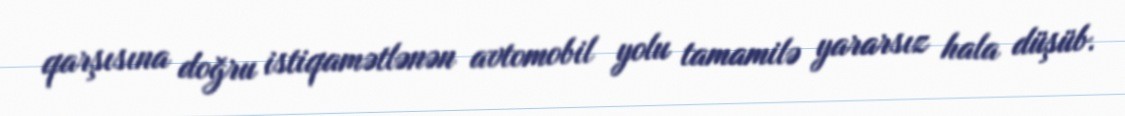
qarşısına doğru istiqamətlənən avtomobil yolu tamamilə yararsız hala düşüb.